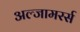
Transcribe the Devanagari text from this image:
अल्जामरर्स